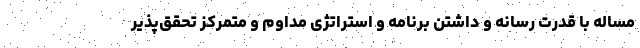
مساله با قدرت رسانه و داشتن برنامه و استراتژی مداوم و متمرکز تحقق‌پذیر